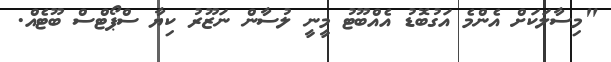
"މިސާލަކަށް އެންމެ އަގުބޮޑު އެއްބޫޓު މީނީ ލުސާން ނަޒޫރު ކިޔާ ސްޕޯޓްސް ބޫޓެއް.